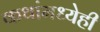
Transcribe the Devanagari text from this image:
कथांमध्येही